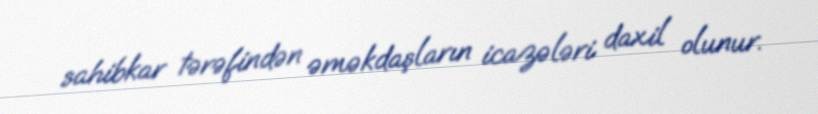
sahibkar tərəfindən əməkdaşların icazələri daxil olunur.